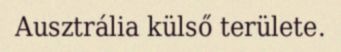
Ausztrália külső területe.